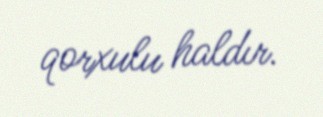
qorxulu haldır.